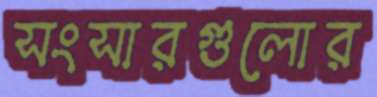
সংসারগুলোর